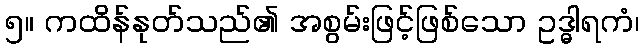
၅။ ကထိန်နုတ်သည်၏ အစွမ်းဖြင့်ဖြစ်သော ဥဒ္ဓါရကံ၊